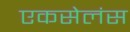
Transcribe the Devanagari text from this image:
एकसेलंस